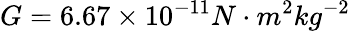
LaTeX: G=6.67\times 10^{-11}N\cdot m^{2}kg^{-2}